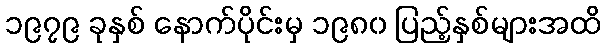
၁၉၇၉ ခုနှစ် နောက်ပိုင်းမှ ၁၉၈၀ ပြည့်နှစ်များအထိ